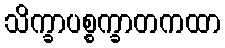
သိက္ခာပစ္စက္ခာတကထာ